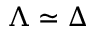
\Lambda \simeq \Delta